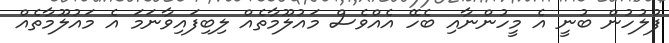
ފުލުހުން ބުނީ އެ މީހުންނާއި ބެހޭ އެއްވެސް މައުލޫމާތެއް ލިބިފައިވާނަމަ އެ މައުލޫމާތެއް